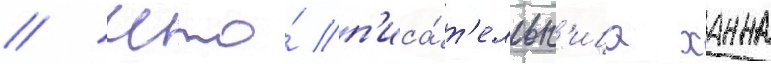
/ что́ п'иса́т'ельн'ица ханна